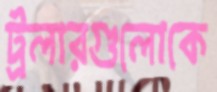
ট্রলারগুলোকে